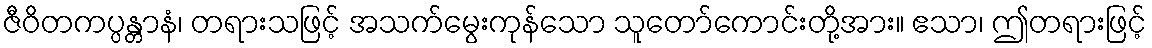
ဇီဝိတကပ္ပန္တာနံ၊ တရားသဖြင့် အသက်မွေးကုန်သော သူတော်ကောင်းတို့အား။ ဧသာ၊ ဤတရားဖြင့်